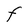
Character: F